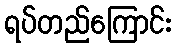
ရပ်တည်ကြောင်း